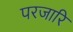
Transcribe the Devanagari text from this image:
परजारि